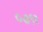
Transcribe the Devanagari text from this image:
०७९१